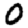
Digit: 0